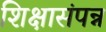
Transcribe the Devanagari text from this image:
शिक्षासंपन्न